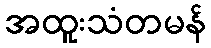
အထူးသံတမန်